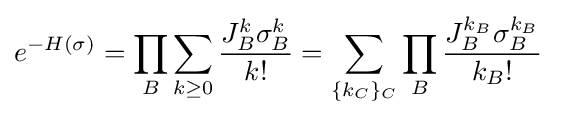
e^{-H(\sigma )}=\prod _{B}\sum _{k\geq 0}{\frac {J_{B}^{k}\sigma _{B}^{k}}{k!}}=\sum _{\{k_{C}\}_{C}}\prod _{B}{\frac {J_{B}^{k_{B}}\sigma _{B}^{k_{B}}}{k_{B}!}}~